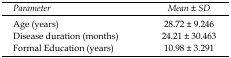
<table><thead><tr><td><b>Parameter</b></td><td><b>Mean ± SD</b></td></tr></thead><tbody><tr><td>Age (years)</td><td>28.72 ± 9.246</td></tr><tr><td>Disease duration (months)</td><td>24.21 ± 30.463</td></tr><tr><td>Formal Education (years)</td><td>10.98 ± 3.291</td></tr></tbody></table>